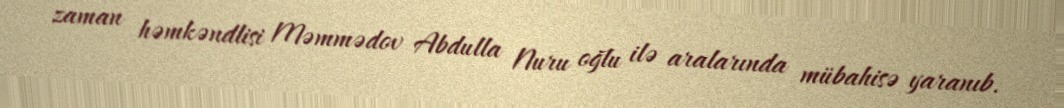
zaman həmkəndlisi Məmmədov Abdulla Nuru oğlu ilə aralarında mübahisə yaranıb.